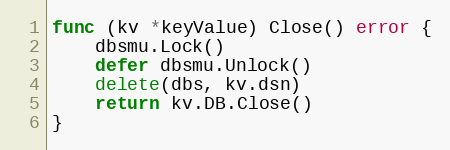
Language: Go
func (kv *keyValue) Close() error {
	dbsmu.Lock()
	defer dbsmu.Unlock()
	delete(dbs, kv.dsn)
	return kv.DB.Close()
}